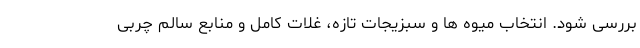
بررسی شود. انتخاب میوه ها و سبزیجات تازه، غلات کامل و منابع سالم چربی